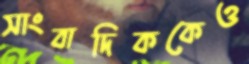
সাংবাদিককেও